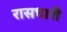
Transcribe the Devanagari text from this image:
रासधारी